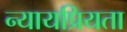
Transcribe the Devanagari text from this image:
न्‍यायप्रियता